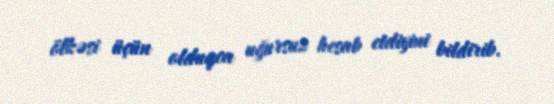
ölkəsi üçün olduqca uğursuz hesab etdiyini bildirib.